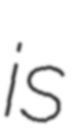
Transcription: is